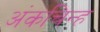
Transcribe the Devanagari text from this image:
अंकचिन्ह